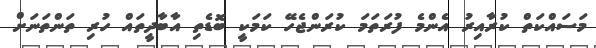
މަސައްކަތް ކުރާއިރު އެންމެ ފުރަތަމަ ކުރަންޖެހޭ ކަމަކީ ބޮޑެތި އާބާދީތައް ހުރި ތަންތަނަށް